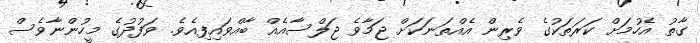
ގާތު އެހުމަށް ކަރަތަކުގެ ވެރިން އެއްތަނަކަށް ޖަމާވެ ޖަލްސާއެއް ބާއްވައިފިއެވެ. ވަފުދުގެ މީހުންނާވެސް